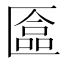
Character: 𫧗